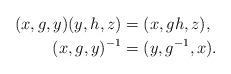
LaTeX: \begin{align*} (x,g,y)(y,h,z)&=(x,gh,z), \\ (x,g,y)^{-1}&=(y,g^{-1},x).\end{align*}